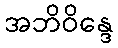
အဘိဝိန္ဒေ